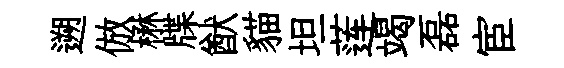
遡倣楙牒猷貓坦莲竭磊宦